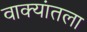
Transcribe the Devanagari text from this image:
वाक्यांतला